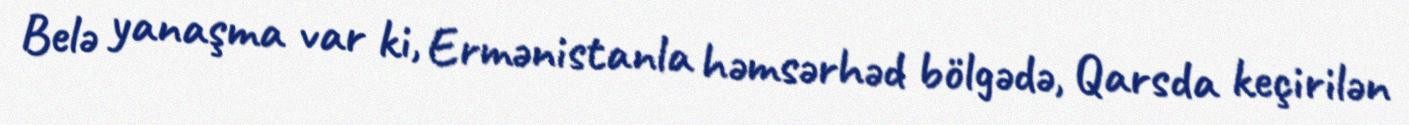
Belə yanaşma var ki, Ermənistanla həmsərhəd bölgədə, Qarsda keçirilən